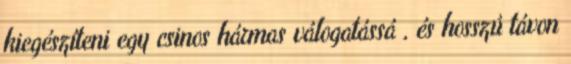
kiegészíteni egy csinos hármas válogatássá , és hosszú távon